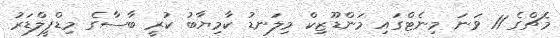
މެޗްގެ 11 ވަނަ މިނެޓްގައި މަންޑޫޒިކް މިލަނޑު ކާމިޔާބު ކުރީ ބާސާގެ މިޑްފީލްޑަރު